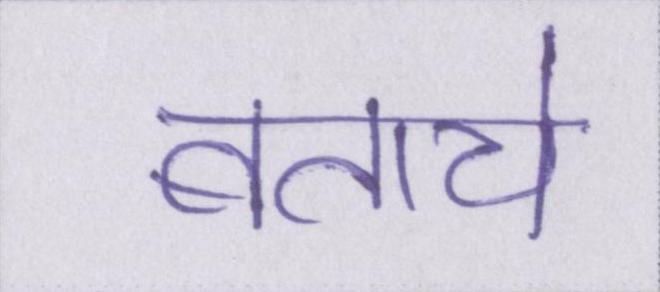
बताये